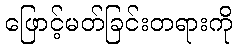
ဖြောင့်မတ်ခြင်းတရားကို